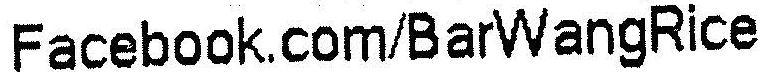
FACEBOOK.COM/BARWANGRICE